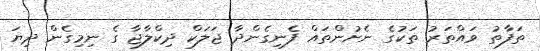
ތަފާތު ވައްތަރު ތަކުގެ ނެށުންތައް ފެނިގެންދާ ޖަލަކް ދިކްލާޖާ ގެ ނިމިގެން ދިޔަ